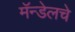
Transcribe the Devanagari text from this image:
मॅन्डेलचे